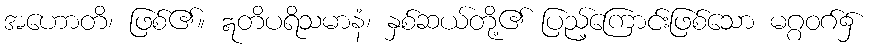
အဟောတိ၊ ဖြစ်၏။ ဣတိပရိသမာနံ၊ နှစ်ဆယ်တို့၏ ပြည့်ကြောင်းဖြစ်သော မဂ္ဂဝဂ်၌